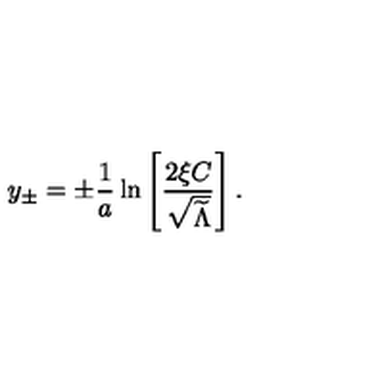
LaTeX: y _ { \pm } = \pm { \frac { 1 } { a } } \ln \left[ { \frac { 2 \xi C } { \sqrt { \widetilde \Lambda } } } \right] .